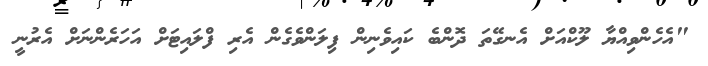
"އެހެންވިއްޔާ ލޫކްއަށް އެނގޭތަ ދޮންބެ ކައިވެނިން ފިލަންވެގެން އެރި ފްލައިޓަށް އަހަރެންނަށް އެރުނީ